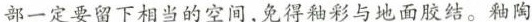
部一定要留下相当的空间，免得釉彩与地面胶结。釉陶